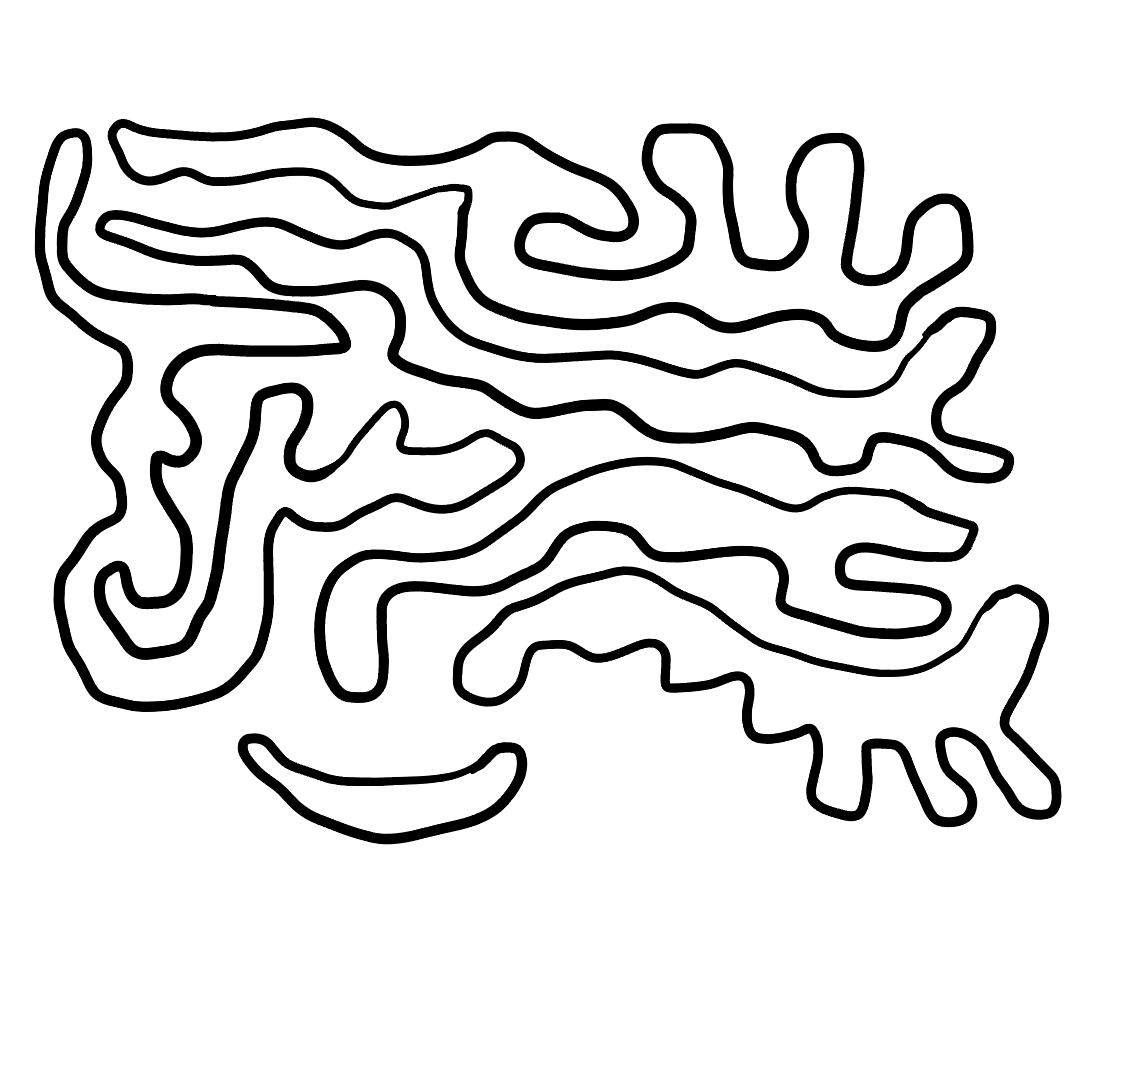
Number of regions (including the outer root region): 7
Containment tree edges (parent, child): 0, 1, 0, 2, 0, 3, 0, 4, 0, 5, 0, 6